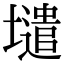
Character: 𡒌